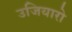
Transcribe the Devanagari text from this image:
उजियारो